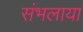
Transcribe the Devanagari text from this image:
संभलाया